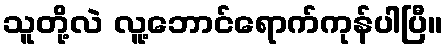
သူတို့လဲ လူ့ဘောင်ရောက်ကုန်ပါပြီ။